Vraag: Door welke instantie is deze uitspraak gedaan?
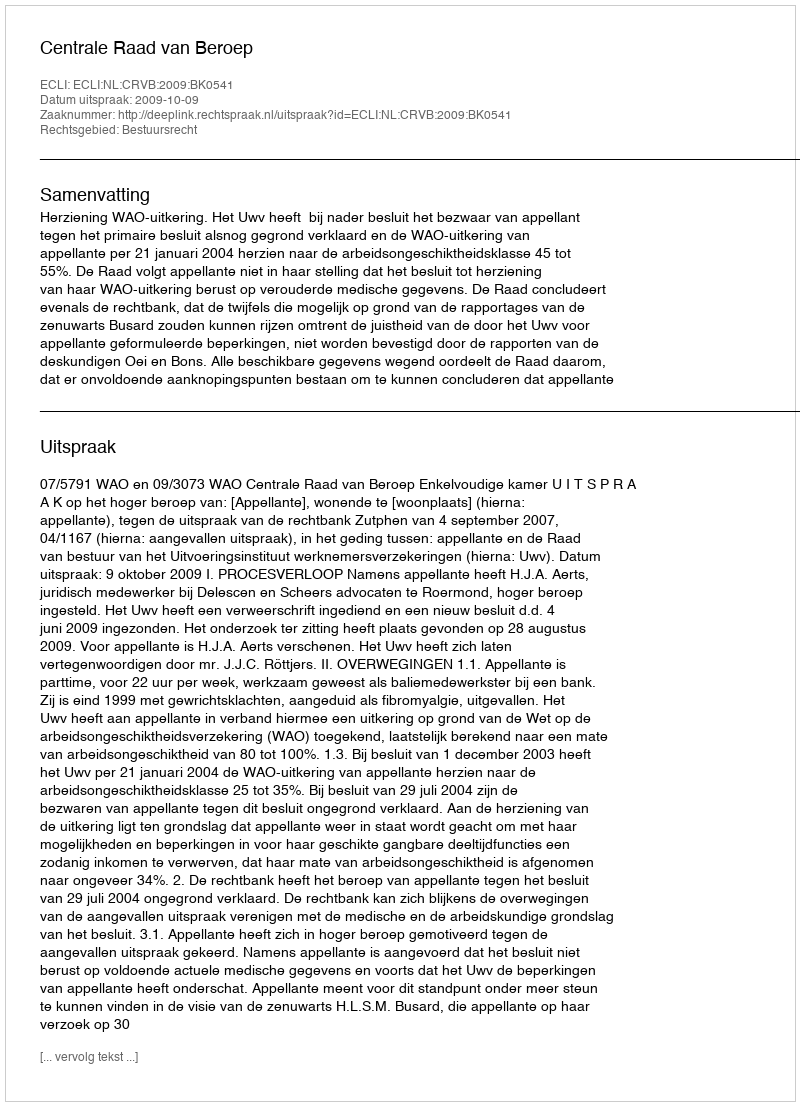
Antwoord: Centrale Raad van Beroep